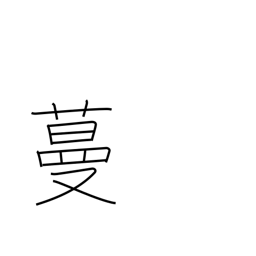
Meaning: sprawl